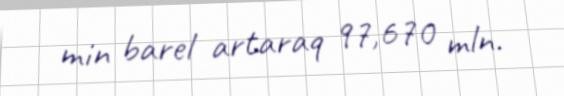
min barel artaraq 97,670 mln.